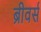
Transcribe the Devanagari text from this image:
ब्रीवर्स